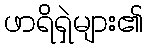
ဖာရိရှဲများ၏